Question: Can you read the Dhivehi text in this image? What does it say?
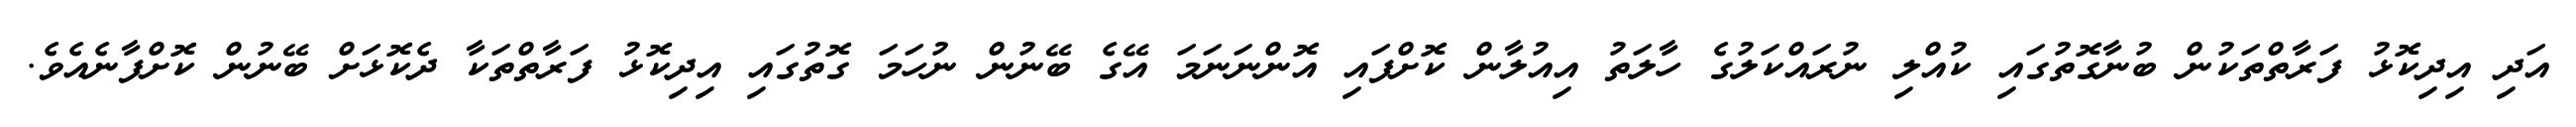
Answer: އަދި އިދިކޮޅު ފަރާތްތަކުން ބުނާގޮތުގައި ކުއްލި ނުރައްކަލުގެ ހާލަތު އިއުލާން ކޮށްފައި އޮންނަނަމަ އޭގެ ބޭނުން ނުހަމަ ގޮތުގައި އިދިކޮޅު ފަރާތްތަކާ ދެކޮޅަށް ބޭނުން ކޮށްފާނެއެވެ.